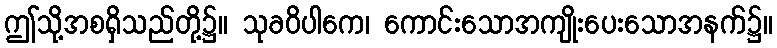
ဤသို့အစရှိသည်တို့၌။ သုခဝိပါကေ၊ ကောင်းသောအကျိုးပေးသောအနက်၌။